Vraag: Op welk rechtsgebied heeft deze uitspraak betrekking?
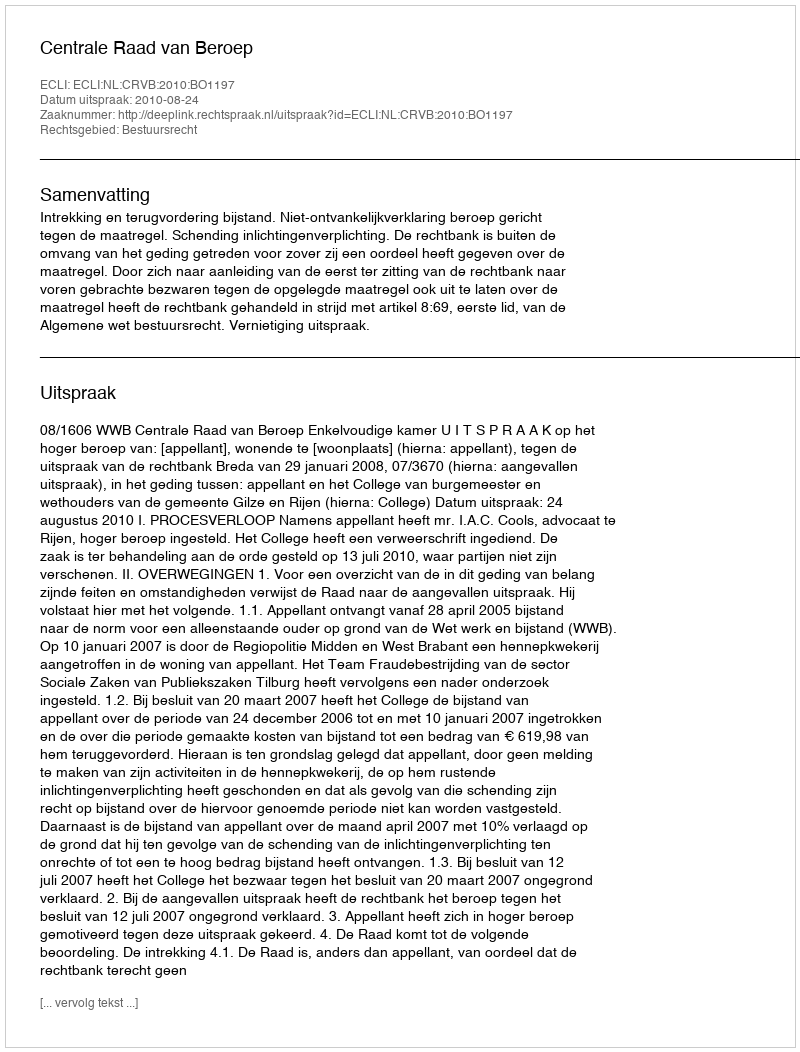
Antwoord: Bestuursrecht